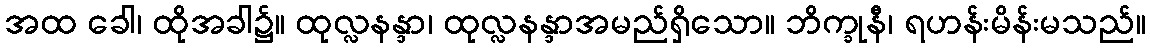
အထ ခေါ၊ ထိုအခါ၌။ ထုလ္လနန္ဒာ၊ ထုလ္လနန္ဒာအမည်ရှိသော။ ဘိက္ခုနီ၊ ရဟန်းမိန်းမသည်။